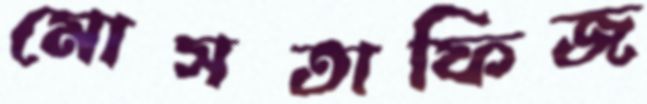
মোসতাফিজ